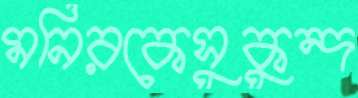
মনিরকেসুকুন্দ